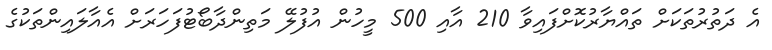
އެ ދަތުރުތަކަށް ތައްޔާރުކޮށްފައިވާ 210 އާއި 500 މީހުން އުފުލޭ މަތިންދާބޯޓުފަހަރަށް އެއާލައިންތަކުގެ